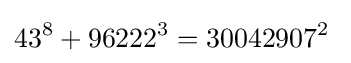
43^{8}+96222^{3}=30042907^{2}\;